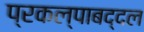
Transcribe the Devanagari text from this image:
प्रकल्पाबद्दल